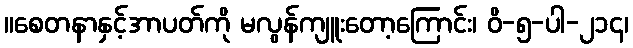
။စေတနာနှင့်အာပတ်ကို မလွန်ကျူးတော့ကြောင်း၊ ဝိ-၅-ပါ-၂၁၄၊